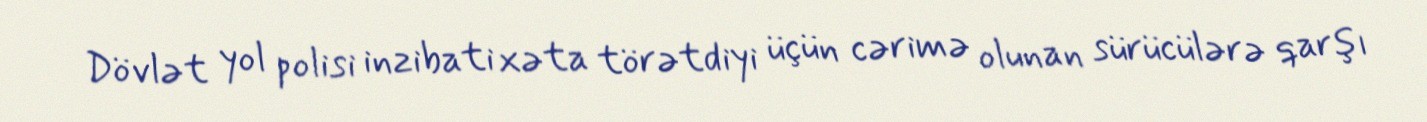
Dövlət yol polisi inzibati xəta törətdiyi üçün cərimə olunan sürücülərə qarşı